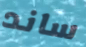
ساند